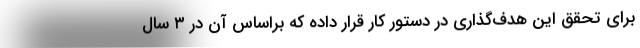
برای تحقق این هدف‌گذاری در دستور كار قرار داده كه براساس آن در ۳ سال